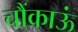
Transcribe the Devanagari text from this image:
चौंकाऊं